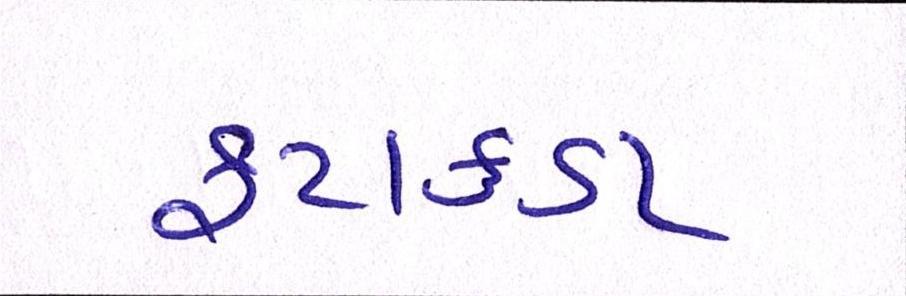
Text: ફટાકડા